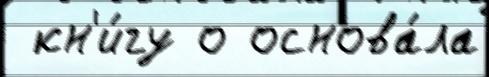
 кн'и́гу о основа́ла